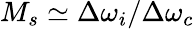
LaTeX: M_{s}\simeq\Delta\omega_{i}/\Delta\omega_{c}